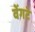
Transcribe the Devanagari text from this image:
वेंगटे